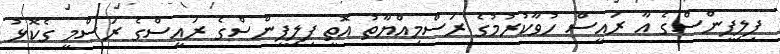
ފިލިޕީންސްގެ އާ ރައީސް ހުވާކުރުމުގެ ރަސްމިއްޔާތު އޮތީ ފިލިޕީންސްގެ ރައީސްގެ ރަސްމީ ގެކޮޅު